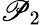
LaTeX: \mathscr{P}_{2}